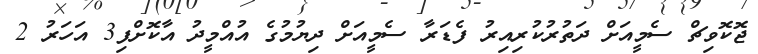
ޖޮކޮވިޗް ސެމީއަށް ދަތުރުކުރިއިރު ފެޑަރާ ސެމީއަށް ދިޔުމުގެ އުއްމީދު އާކޮށްފި3 އަހަރު 2